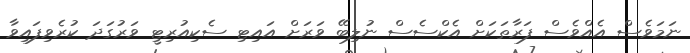
ނަމަވެސް އެއްވެސް ފަރާތަކަށް އެކްސެސް ނުލިބޭ ވަރަށް އައިޓި ސެކިއުރިޓީ ވަރުގަދަ ކުރެވިފައިވާ